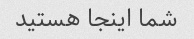
شما اینجا هستید